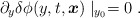
\begin{align*}\partial_{y} \delta\phi(y,t,\mbox{\boldmath $x$})\mid_{y_0} =0\ .\end{align*}